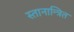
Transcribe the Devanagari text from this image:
स्तानान्त्रित